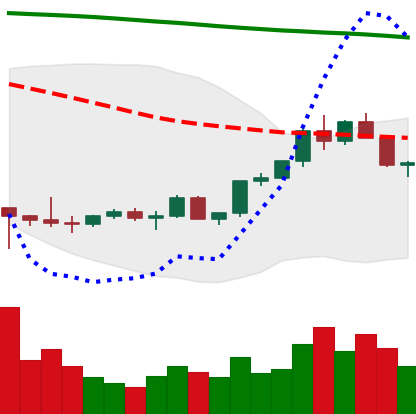
Ticker: LTC-USD
Chart end date: 2022-02-12
Forward return: -8.195%
Label: down_7plus